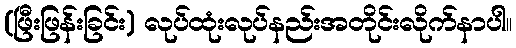
(ဖြီးဖြန်းခြင်း) လုပ်ထုံးလုပ်နည်းအတိုင်းလိုက်နာပါ။